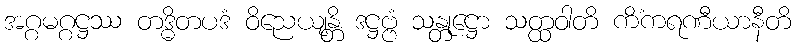
အဂ္ဂမဂ္ဂဋ္ဌဿ တဒ္ဓိတပဒံ ဝိညေယျန္တိ ဒဋ္ဌဗ္ဗံ သန္တုဋ္ဌော သတ္ထဝါတိ ကိံကရဏီယာနီတိ